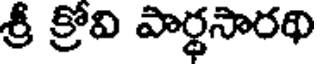
శ్రీ క్రోవి పార్థసారథి